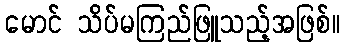
မောင် သိပ်မကြည်ဖြူသည့်အဖြစ်။